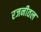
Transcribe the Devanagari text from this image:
रजनीतल